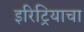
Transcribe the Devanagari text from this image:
इरिट्रियाचा